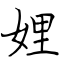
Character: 娌